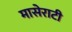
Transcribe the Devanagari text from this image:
मासेराटी